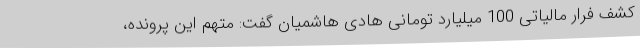
کشف فرار مالیاتی 100 میلیارد تومانی هادی هاشمیان گفت: متهم این پرونده،